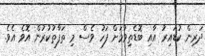
ދަރިން ކުޑައިރު އާއި ބޮޑެތިވުމަށް ފަހު ވެސް މި ތަފާތުކުރުން އޮވެ އެވެ.